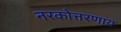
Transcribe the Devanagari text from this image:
नरकोत्तरणाय